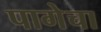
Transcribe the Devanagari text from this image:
पागेचा